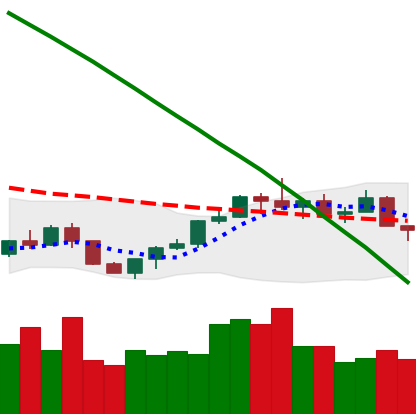
Ticker: LTC-USD
Chart end date: 2022-07-26
Forward return: 11.376%
Label: up_7plus